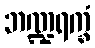
ဘဏ္ဍရက္ခံ